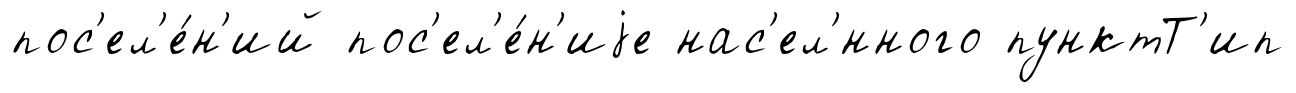
пос'ел'е́н'ий пос'ел'е́н'иjе нас'ел'́нного пунктТ'ип